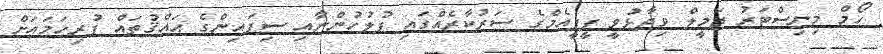
ހޯމް މިނިސްޓަރު ޖަމީލް ވިދާޅުވީ ޕީޕީއެމްގެ ސަރުކާރެއްގައި ފުލުހުންނާއި ސިފައިންގެ ޙައްޤުތައް ފުރިހަމައަށް